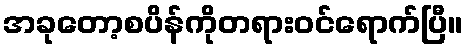
အခုတော့စပိန်ကိုတရားဝင်ရောက်ပြီ။